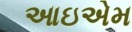
આઇએમ